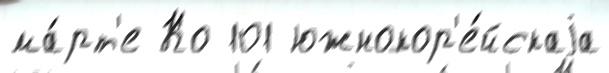
ма́рт'е Ко 101 южнокор'е́йскаjа